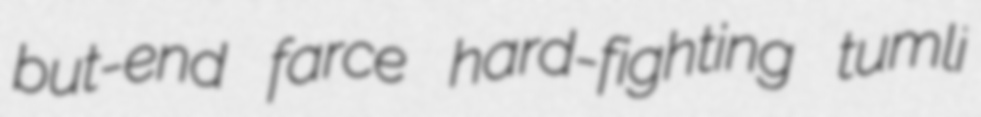
but-end farce hard-fighting tumli